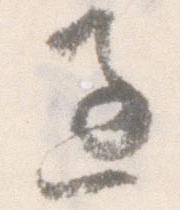
過